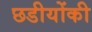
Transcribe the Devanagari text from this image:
छडीयोंकी